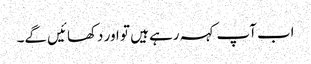
اب آپ کہہ رہے ہیں تو اور دکھائیں گے۔